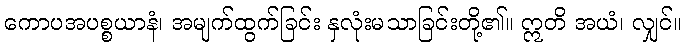
ကောပအပစ္စယာနံ၊ အမျက်ထွက်ခြင်း နှလုံးမသာခြင်းတို့၏။ ဣတိ အယံ၊ လျှင်။